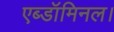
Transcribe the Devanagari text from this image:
एब्डॉमिनल।